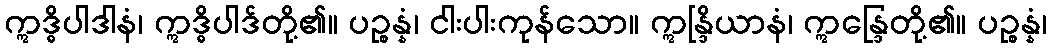
ဣဒ္ဓိပါဒါနံ၊ ဣဒ္ဓိပါဒ်တို့၏။ ပဉ္စန္နံ၊ ငါးပါးကုန်သော။ ဣန္ဒြိယာနံ၊ ဣန္ဒြေတို့၏။ ပဉ္စန္နံ၊